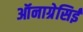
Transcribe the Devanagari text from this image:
ऑनाग्रेसिई